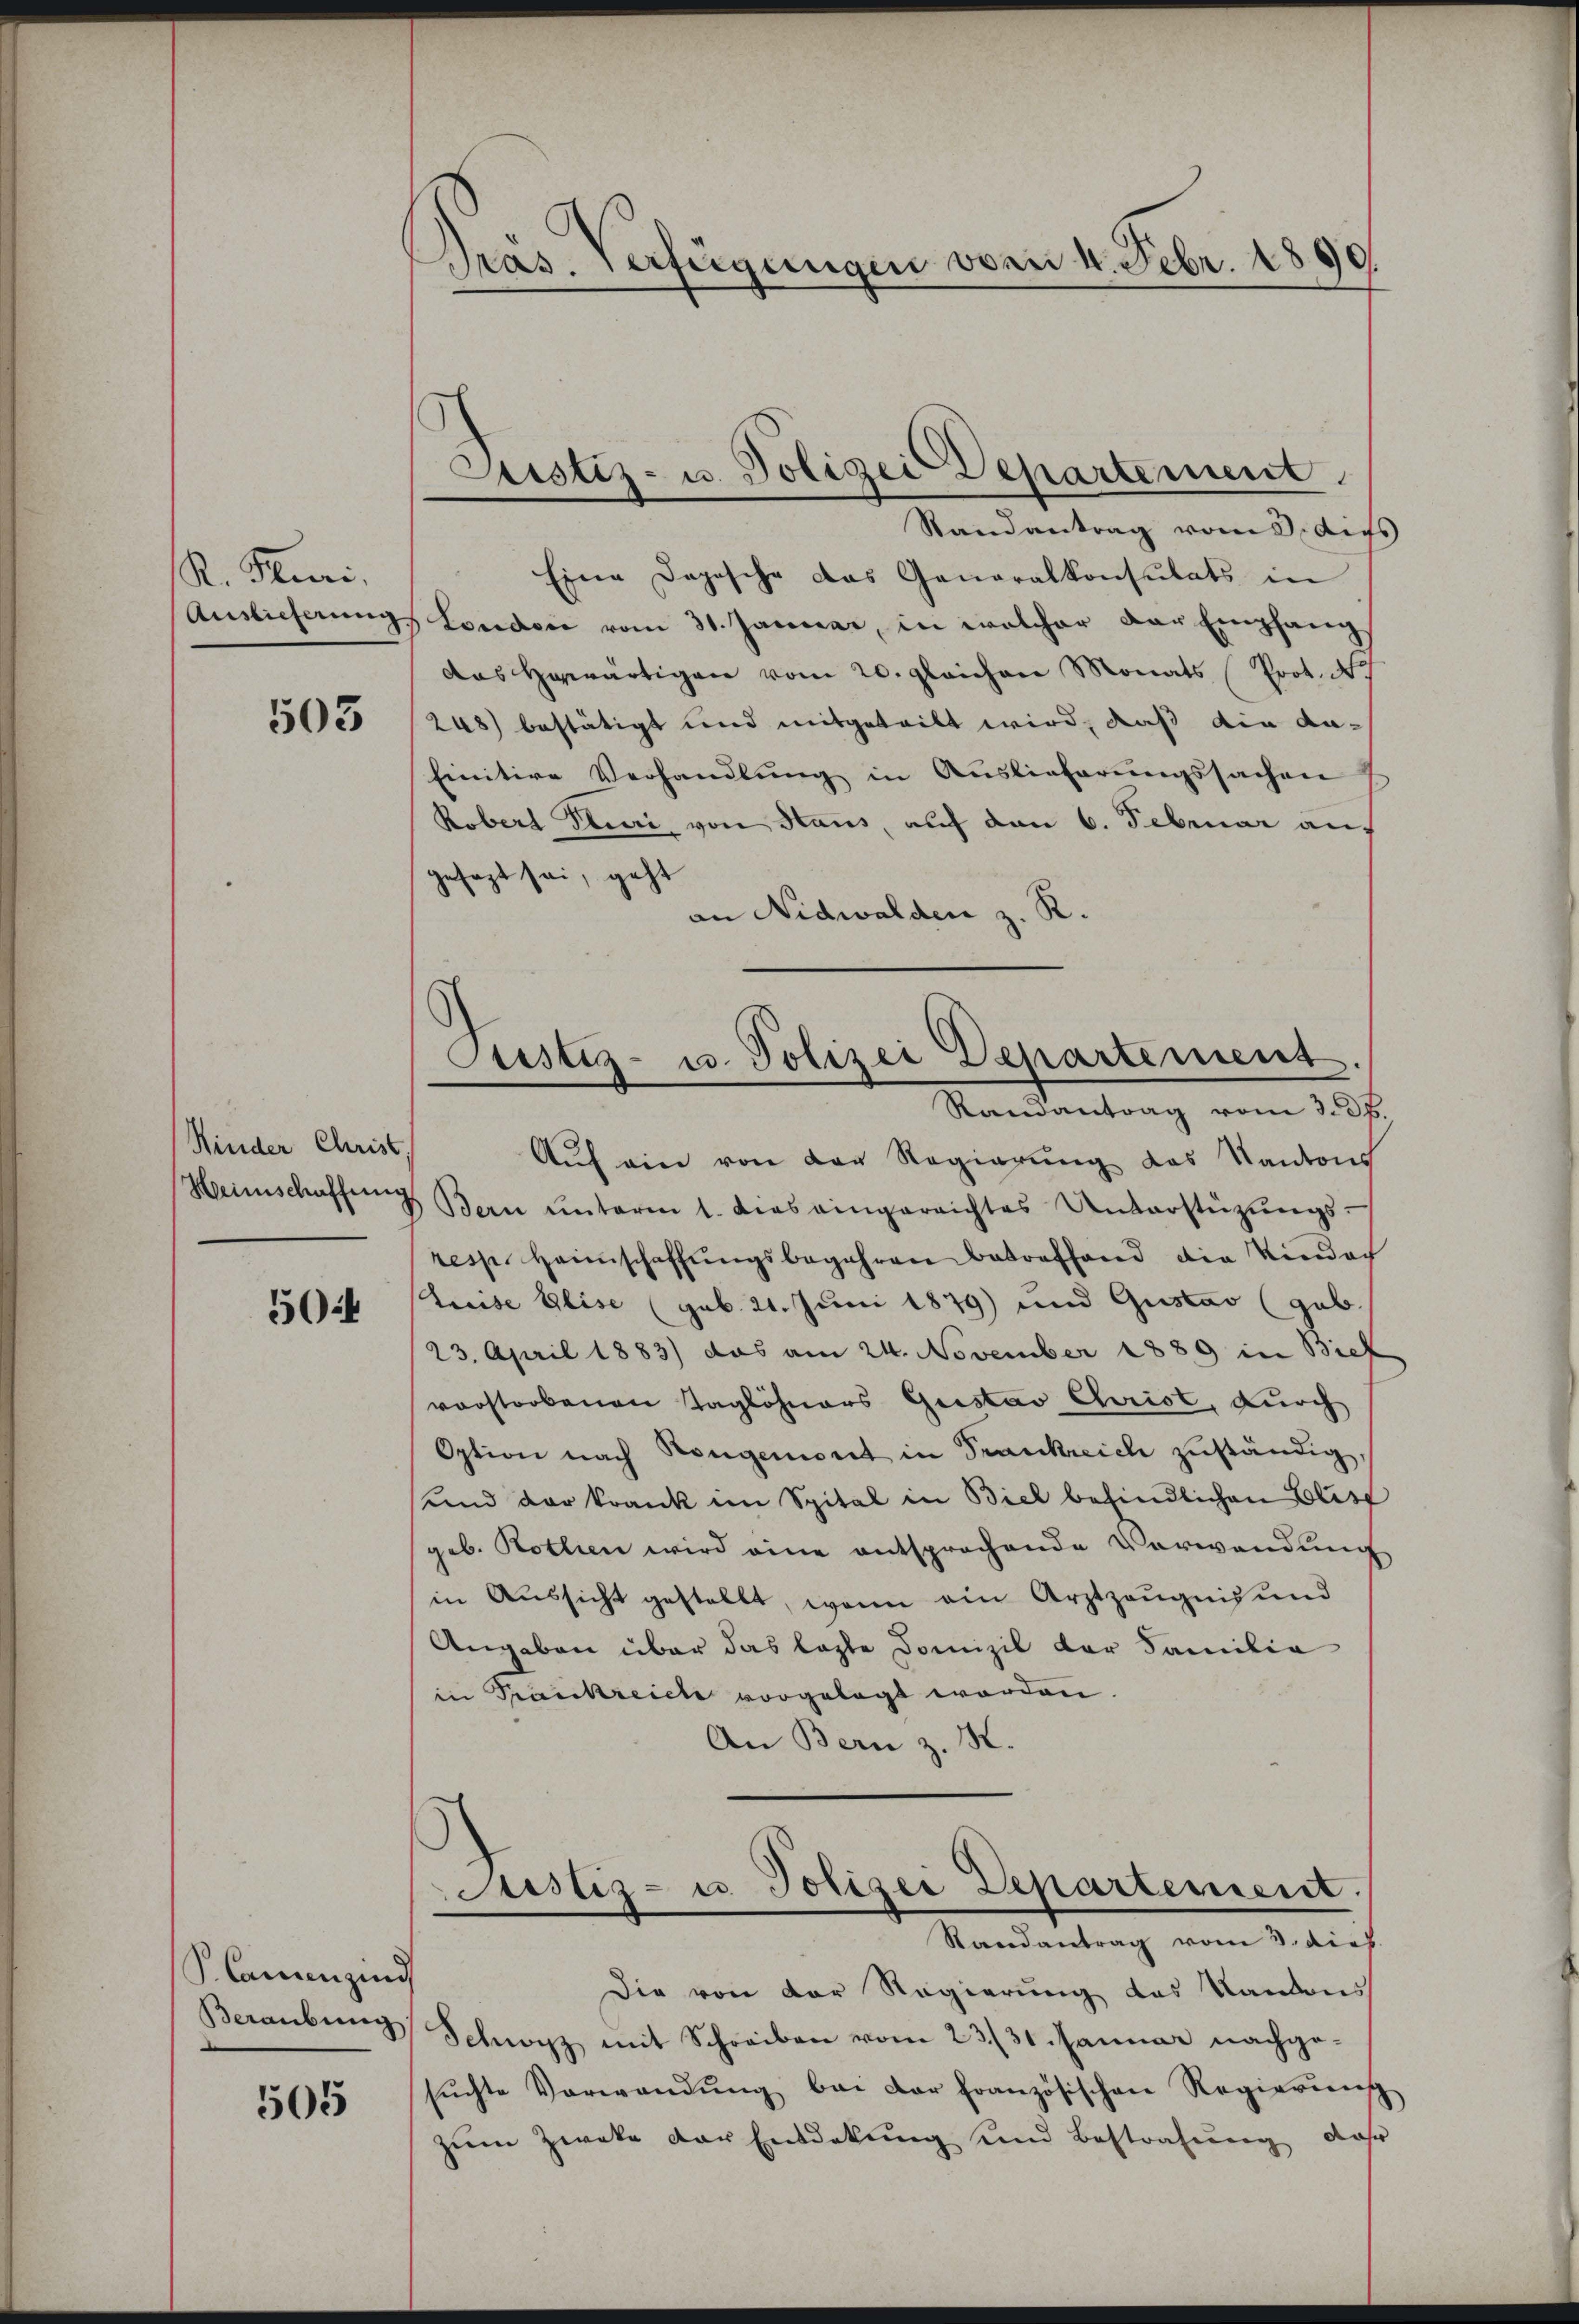
R. Puri
Auslieferung.

503

Kinder Christ
Heimschaffung

50:4

S. Camenzind
Beraubung

505

Präs. Verfügungen vom 4. Febr. 1890.

Justiz- u. Polizei Departement
Randantrag vom 3. dies

Custiz- u. Polizei Departement
Randantrag vom 3. 38.

Eine Depesche das Generalkonsulats in
London vom 31. Januar, in welcher der Empfang
das herwärtigen vom 20. gleichen Monats (Prot. N.
248) bestätigt und mitgeteilt wird, daß die da-
finitive Verhandlung in Auslieferungssachen
Kobert Turi, von Haus, auf den 6. Februar auf
gesagt sei, geht
an Nidwalden z. R.
Auf ein von der Regierung des Kantons
Bern unterm 1. dies eingerrichtes Unterstützŭngs-
resp. Heimschaffŭngsbegehren betreffend die Vindach
Kreise Geise (geb. 21. Juni 1879) und Gustav (geb.
23. April 1883) das am 24. November 1889 in Biel
vorstorbenen Taglöhners Gustav Christ, durch
Option nach Hengemont in Trankreich zŭständig,
und der krank im Spital in Biel befindlichen Elist
geb. Kothien wird eine entsprochende Verwendŭng
in Aŭssicht gestellt, wenn ein Arztzeŭgnis und
Angaben über das lezte Domizil der Familia
in Krankreiche vorgelegt worden.
An Bern z. K.
Justiz- u. Polizei Departement.
Randantrag vom 3. dies
Die von der Regierung des Kantons
Schwyz mit Schreiben vom 23/31. Januar nachgesŭchte Verwandŭng bei der französischen Regierŭng
zum Zweke der Entdekung und Bestrafŭng, daß